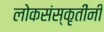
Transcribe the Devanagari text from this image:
लोकसंस्कृतींनी